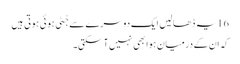
16 یہ ڈھالیں ایک دوسرے سے جُٹی ہو ئی ہو تی ہیں
کہ ان کے درمیان ہوا بھی نہیں آسکتی۔